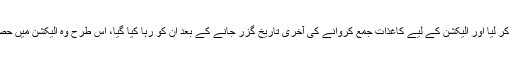
بھٹو کے لوگوں نے ان کو الیکشن آفس پہنچنے سے پہلے ہی اغوا کر لیا اور الیکشن کے لیے کاغذات جمع کروانے کی آخری تاریخ گزر جانے کے بعد ان کو رہا کیا گیا، اس طرح وہ الیکشن میں حصہ لینے سے محروم ہو گئے اور بھٹو بلامقابلہ الیکشن جیت گئے۔